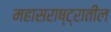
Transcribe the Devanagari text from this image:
महासराष्ट्रातील